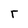
Character: r